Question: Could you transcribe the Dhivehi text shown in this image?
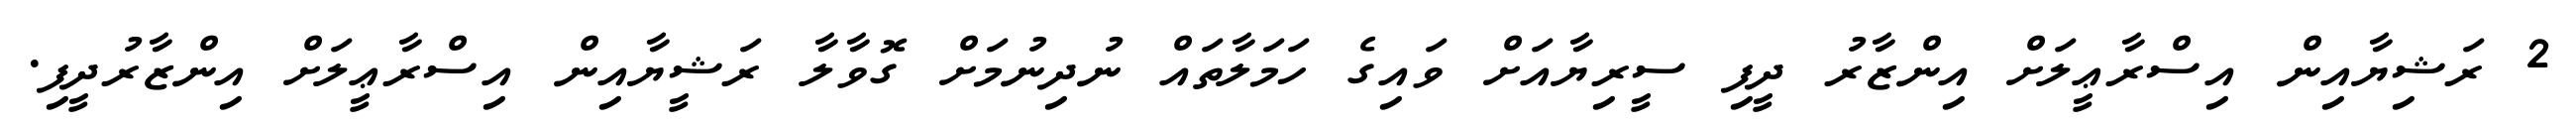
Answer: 2 ރަޝިޔާއިން އިސްރާޢީލަށް އިންޒާރު ދީފި ސީރިޔާއަށް ވައިގެ ހަމަލާތައް ނުދިނުމަށް ގޮވާލާ ރަޝީޔާއިން އިސްރާޢީލަށް އިންޒާރުދީފި.